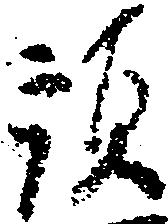
預